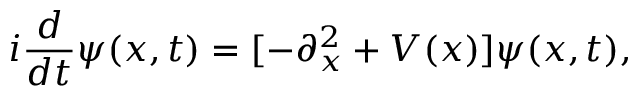
i \frac { d } { d t } \psi ( x , t ) = [ - \partial _ { x } ^ { 2 } + V ( x ) ] \psi ( x , t ) ,